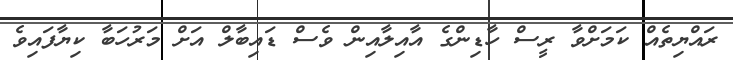
ރައްޔިތެއް ކަމަށްވާ ރީސް ހާޑިންގެ އާއިލާއިން ވެސް ޑައިބާލް އަށް މަރުހަބާ ކިޔާފައިވެ